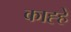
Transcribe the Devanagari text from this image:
काह्हे